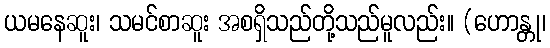
ယမနေဆူး၊ သမင်စာဆူး အစရှိသည်တို့သည်မူလည်း။ (ဟောန္တု၊